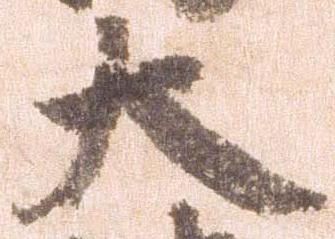
大